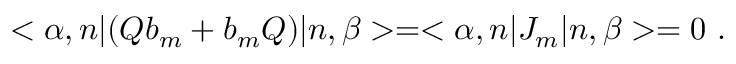
< \alpha , n | ( Q b _ { m } + b _ { m } Q ) | n , \beta > = < \alpha , n | J _ { m } | n , \beta > = 0 ~ .